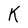
Character: K